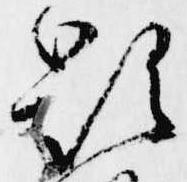
顕